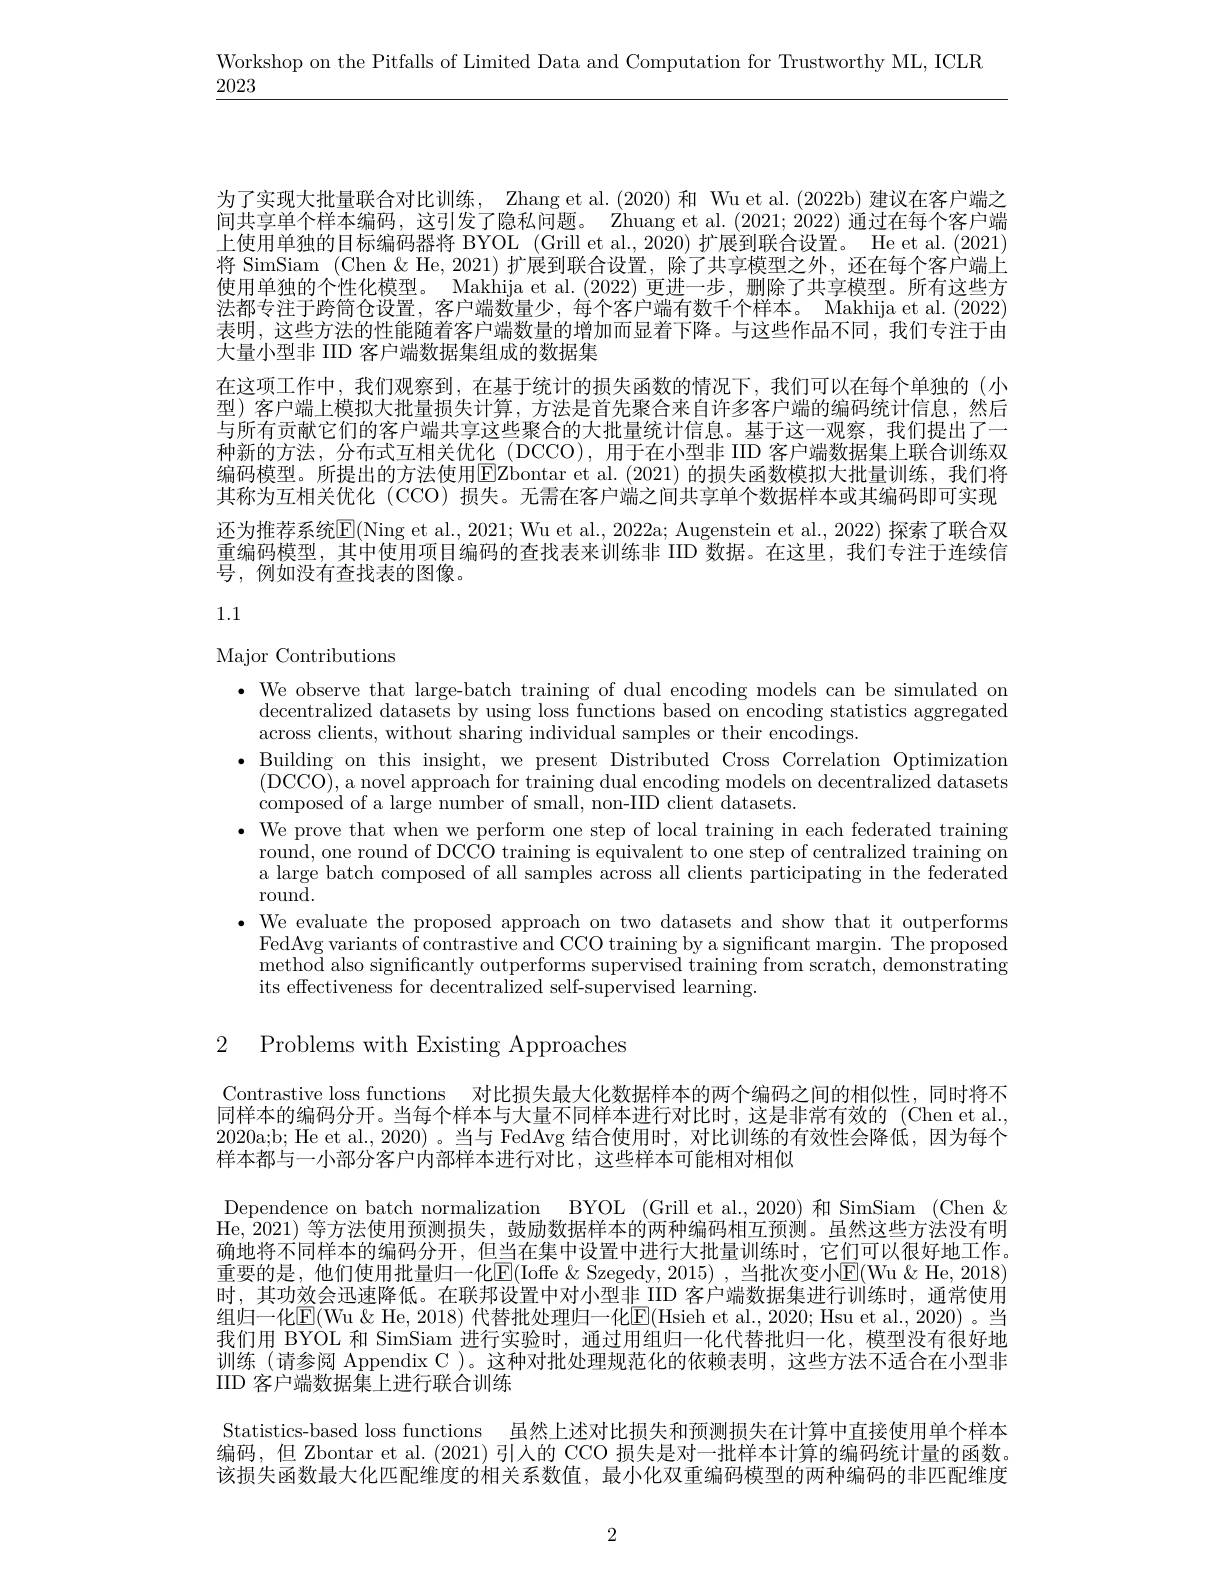
Workshop on the Pitfalls of Limited Data and Computation for Trustworthy ML, ICLR
2023

为了实现大批量联合对比训练，Zhang et al.(2020) 和 Wu et al.(2022b) 建议在客户端之间共享单个样本编码，这引发了隐私问题。Zhuang et al. (2021;2022)通过在每个客户端上使用单独的目标编码器将 BYOL (Grill et al., 2020) 扩展到联合设置。He et al. (2021) 将 SimSiam (Chen&He,2021)扩展到联合设置，除了共享模型之外，还在每个客户端上使用单独的个性化模型。Makhija et al. (2022)更进一步，删除了共享模型。所有这些方法都专注于跨筒仓设置，客户端数量少，每个客户端有数千个样本。Makhija et al. (2022) 表明，这些方法的性能随着客户端数量的增加而显着下降。与这些作品不同，我们专注于由大量小型非 IID 客户端数据集组成的数据集
在这项工作中，我们观察到，在基于统计的损失函数的情况下，我们可以在每个单独的(小型)客户端上模拟大批量损失计算，方法是首先聚合来自许多客户端的编码统计信息，然后与所有贡献它们的客户端共享这些聚合的大批量统计信息。基于这一观察，我们提出了一种新的方法，分布式互相关优化(DCCO),用于在小型非 IID 客户端数据集上联合训练双编码模型。所提出的方法使用$\boxed{\mathrm{E}}$Zbontar et al.(2021)的损失函数模拟大批量训练，我们将其称为互相关优化 (CCO) 损失。无需在客户端之间共享单个数据样本或其编码即可实现还为推荐系统$\operatorname{E}(\operatorname{Ning}$ et al., 2021; Wu et al., 2022a; Augenstein et al., 2022) 探索了联合双重编码模型，其中使用项目编码的查找表来训练非 IID 数据。在这里，我们专注于连续信号，例如没有查找表的图像。

1.1

## Major Contributions

$\bullet$ We observe that large-batch training of dual encoding models can be simulated on
decentralized datasets by using loss functions based on encoding statistics aggregated
across clients, without sharing individual samples or their encodings.
$\bullet$Building on this insight, we present Distributed Cross Correlation Optimization
(DCCO), a novel approach for training dual encoding models on decentralized datasets
composed of a large number of small, non-IID client datasets.
$\bullet$ We prove that when we perform one step of local training in each federated training
round, one round of DCCO training is equivalent to one step of centralized training on a large batch composed of all samples across all clients participating in the federated round.
$\bullet$ We evaluate the proposed approach on two datasets and show that it outperforms
FedAvg variants of contrastive and CCO training by a significant margin. The proposed method also significantly outperforms supervised training from scratch, demonstrating its effectiveness for decentralized self-supervised learning.

2 Problems with Existing Approaches

Contrastive loss functions 对比损失最大化数据样本的两个编码之间的相似性，同时将不同样本的编码分开。当每个样本与大量不同样本进行对比时，这是非常有效的(Chen et al. 2020a;b; He et al., 2020)。当与 FedAvg 结合使用时，对比训练的有效性会降低，因为每个样本都与一小部分客户内部样本进行对比，这些样本可能相对相似
Dependence on batch normalization BYOL (Grill et al., 2020) 和 SimSiam (Chen & He,2021)等方法使用预测损失，鼓励数据样本的两种编码相互预测。虽然这些方法没有明确地将不同样本的编码分开，但当在集中设置中进行大批量训练时，它们可以很好地工作。重要的是，他们使用批量归一化$\overline{\mathrm{E}}($Ioffe &Szegedy, 2015) ,当批次变小$\overline{\mathrm{E}}($Wu &He, 2018时，其功效会迅速降低。在联邦设置中对小型非 IID 客户端数据集进行训练时，通常使用组归一化$\underline{\mathrm{E}}($Wu &He, 2018) 代替批处理归一化$\underline{\mathrm{E}}($Hsieh et al., 2020; Hsu et al., 2020)。当我们用 BYOL 和 SimSiam 进行实验时，通过用组归一化代替批归一化，模型没有很好地训练(请参阅 Appendix C)。这种对批处理规范化的依赖表明，这些方法不适合在小型非IID 客户端数据集上进行联合训练
Statistics-based loss functions 虽然上述对比损失和预测损失在计算中直接使用单个样本编码，但 Zbontar et al. (2021) 引人的 CCO 损失是对一批样本计算的编码统计量的函数。该损失函数最大化匹配维度的相关系数值，最小化双重编码模型的两种编码的非匹配维度

2